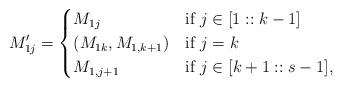
LaTeX: \begin{align*}M_{1j}' = \begin{cases}M_{1j} &\mbox{if }j \in [1::k-1]\\(M_{1k},M_{1,k+1}) &\mbox{if }j=k\\M_{1,j+1} &\mbox{if } j \in [k+1::s-1],\end{cases}\end{align*}